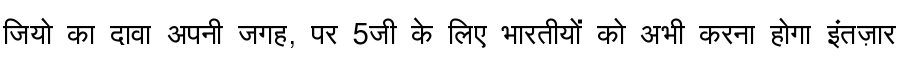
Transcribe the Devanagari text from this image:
जियो का दावा अपनी जगह, पर 5जी के लिए भारतीयों को अभी करना होगा इंतज़ार